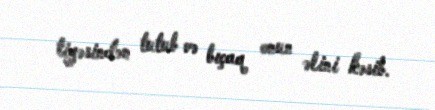
tiyəsindən tutub və bıçaq onun əlini kəsib.